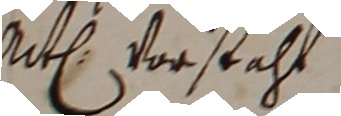
nite vorstahl.